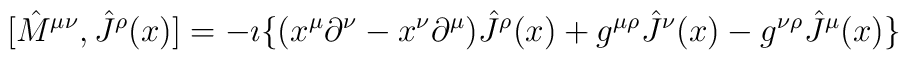
[{\hat M}^{\mu\nu},{\hat J}^{\rho}(x)]= -\imath\{(x^{\mu}\partial^{\nu}-x^{\nu}\partial^{\mu}){\hat J}^{\rho}(x)+g^{\mu\rho}{\hat J}^{\nu}(x)-g^{\nu\rho}{\hat J}^{\mu}(x)\}